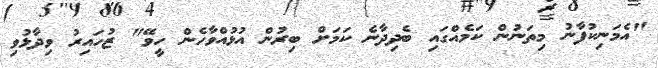
"އެމަނިކުފާނު މިތަނުން ކަމެއްގައި ބެދިދާނެ ކަމަށް ބިރުން އުޅުއްވާހެން ހީވޭ" ޒުހައިރު ވިދާޅުވި